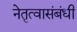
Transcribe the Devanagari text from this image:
नेतृत्वासंबंधी